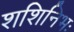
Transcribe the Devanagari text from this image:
शशिनिभः